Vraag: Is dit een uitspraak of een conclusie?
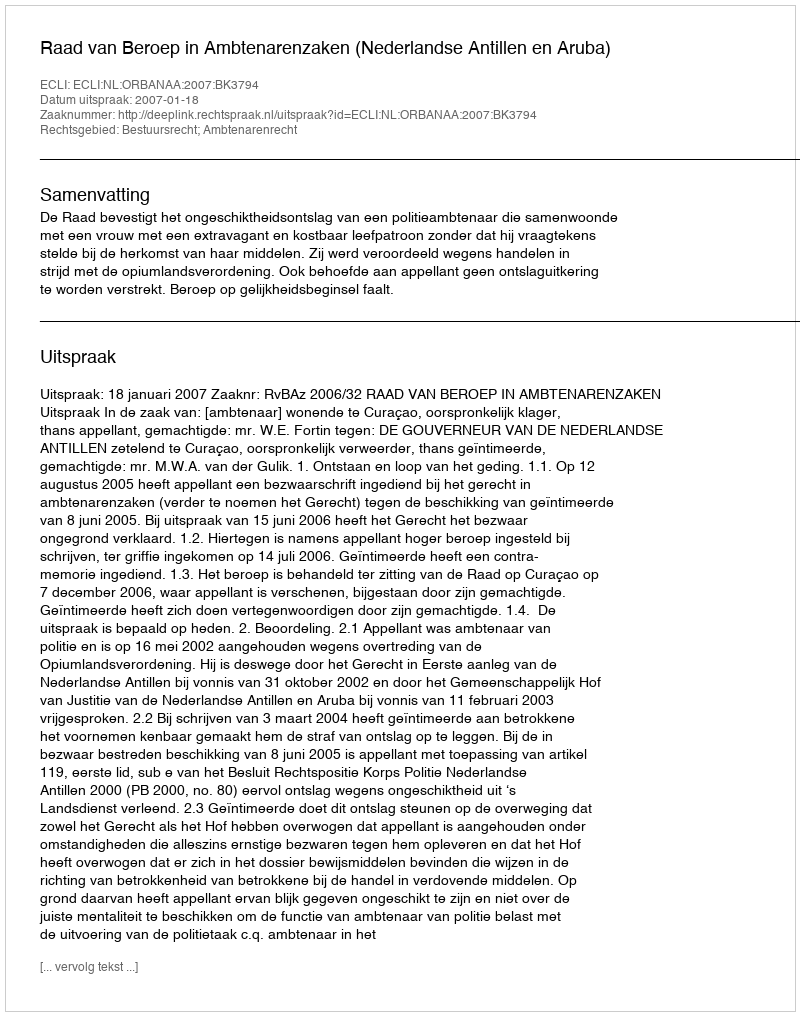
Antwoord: Uitspraak